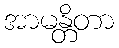
အာမန္တိတာ